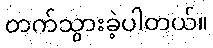
တက်သွားခဲ့ပါတယ်။